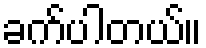
ခက်ပါတယ်။